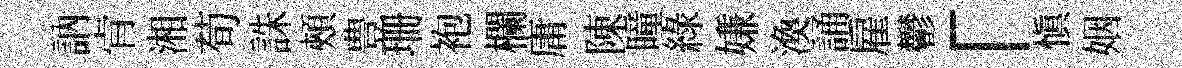
訥肻湘荀誅頰豊珊袍欄庸陳瞳綠嫌渙誦雇鬱「慎姻